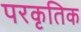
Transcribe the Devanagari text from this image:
परकृतिक